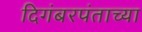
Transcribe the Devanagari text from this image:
दिगंबरपंताच्या